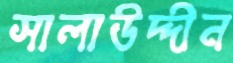
সালাউদ্দীন